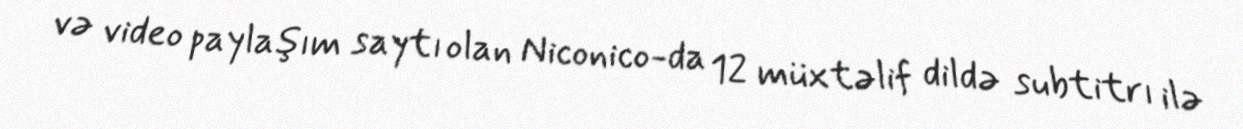
və video paylaşım saytı olan Niconico-da 12 müxtəlif dildə subtitrı ilə